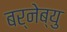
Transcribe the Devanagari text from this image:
बर्नेब्यु